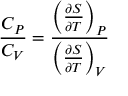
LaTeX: { \frac { C _ { P } } { C _ { V } } } = { \frac { \left( { \frac { \partial S } { \partial T } } \right) _ { P } } { \left( { \frac { \partial S } { \partial T } } \right) _ { V } } }